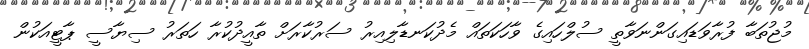
މުޖުތަބާ ފުރާވަޑައިގަންނަވާތީ ސުލްހައިގެ ވާހަކަތައް މެދުކަނޑާލިއިރު ސަރުކާރަށް ތާއީދުކުރާ ހަތަރު ސިޔާސީ ޕާޓީއަކުން